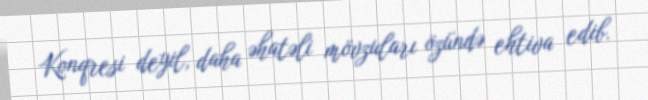
Konqresi deyil, daha əhatəli mövzuları özündə ehtiva edib.